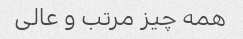
همه چیز مرتب و عالی